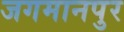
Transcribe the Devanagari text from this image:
जगमानपुर